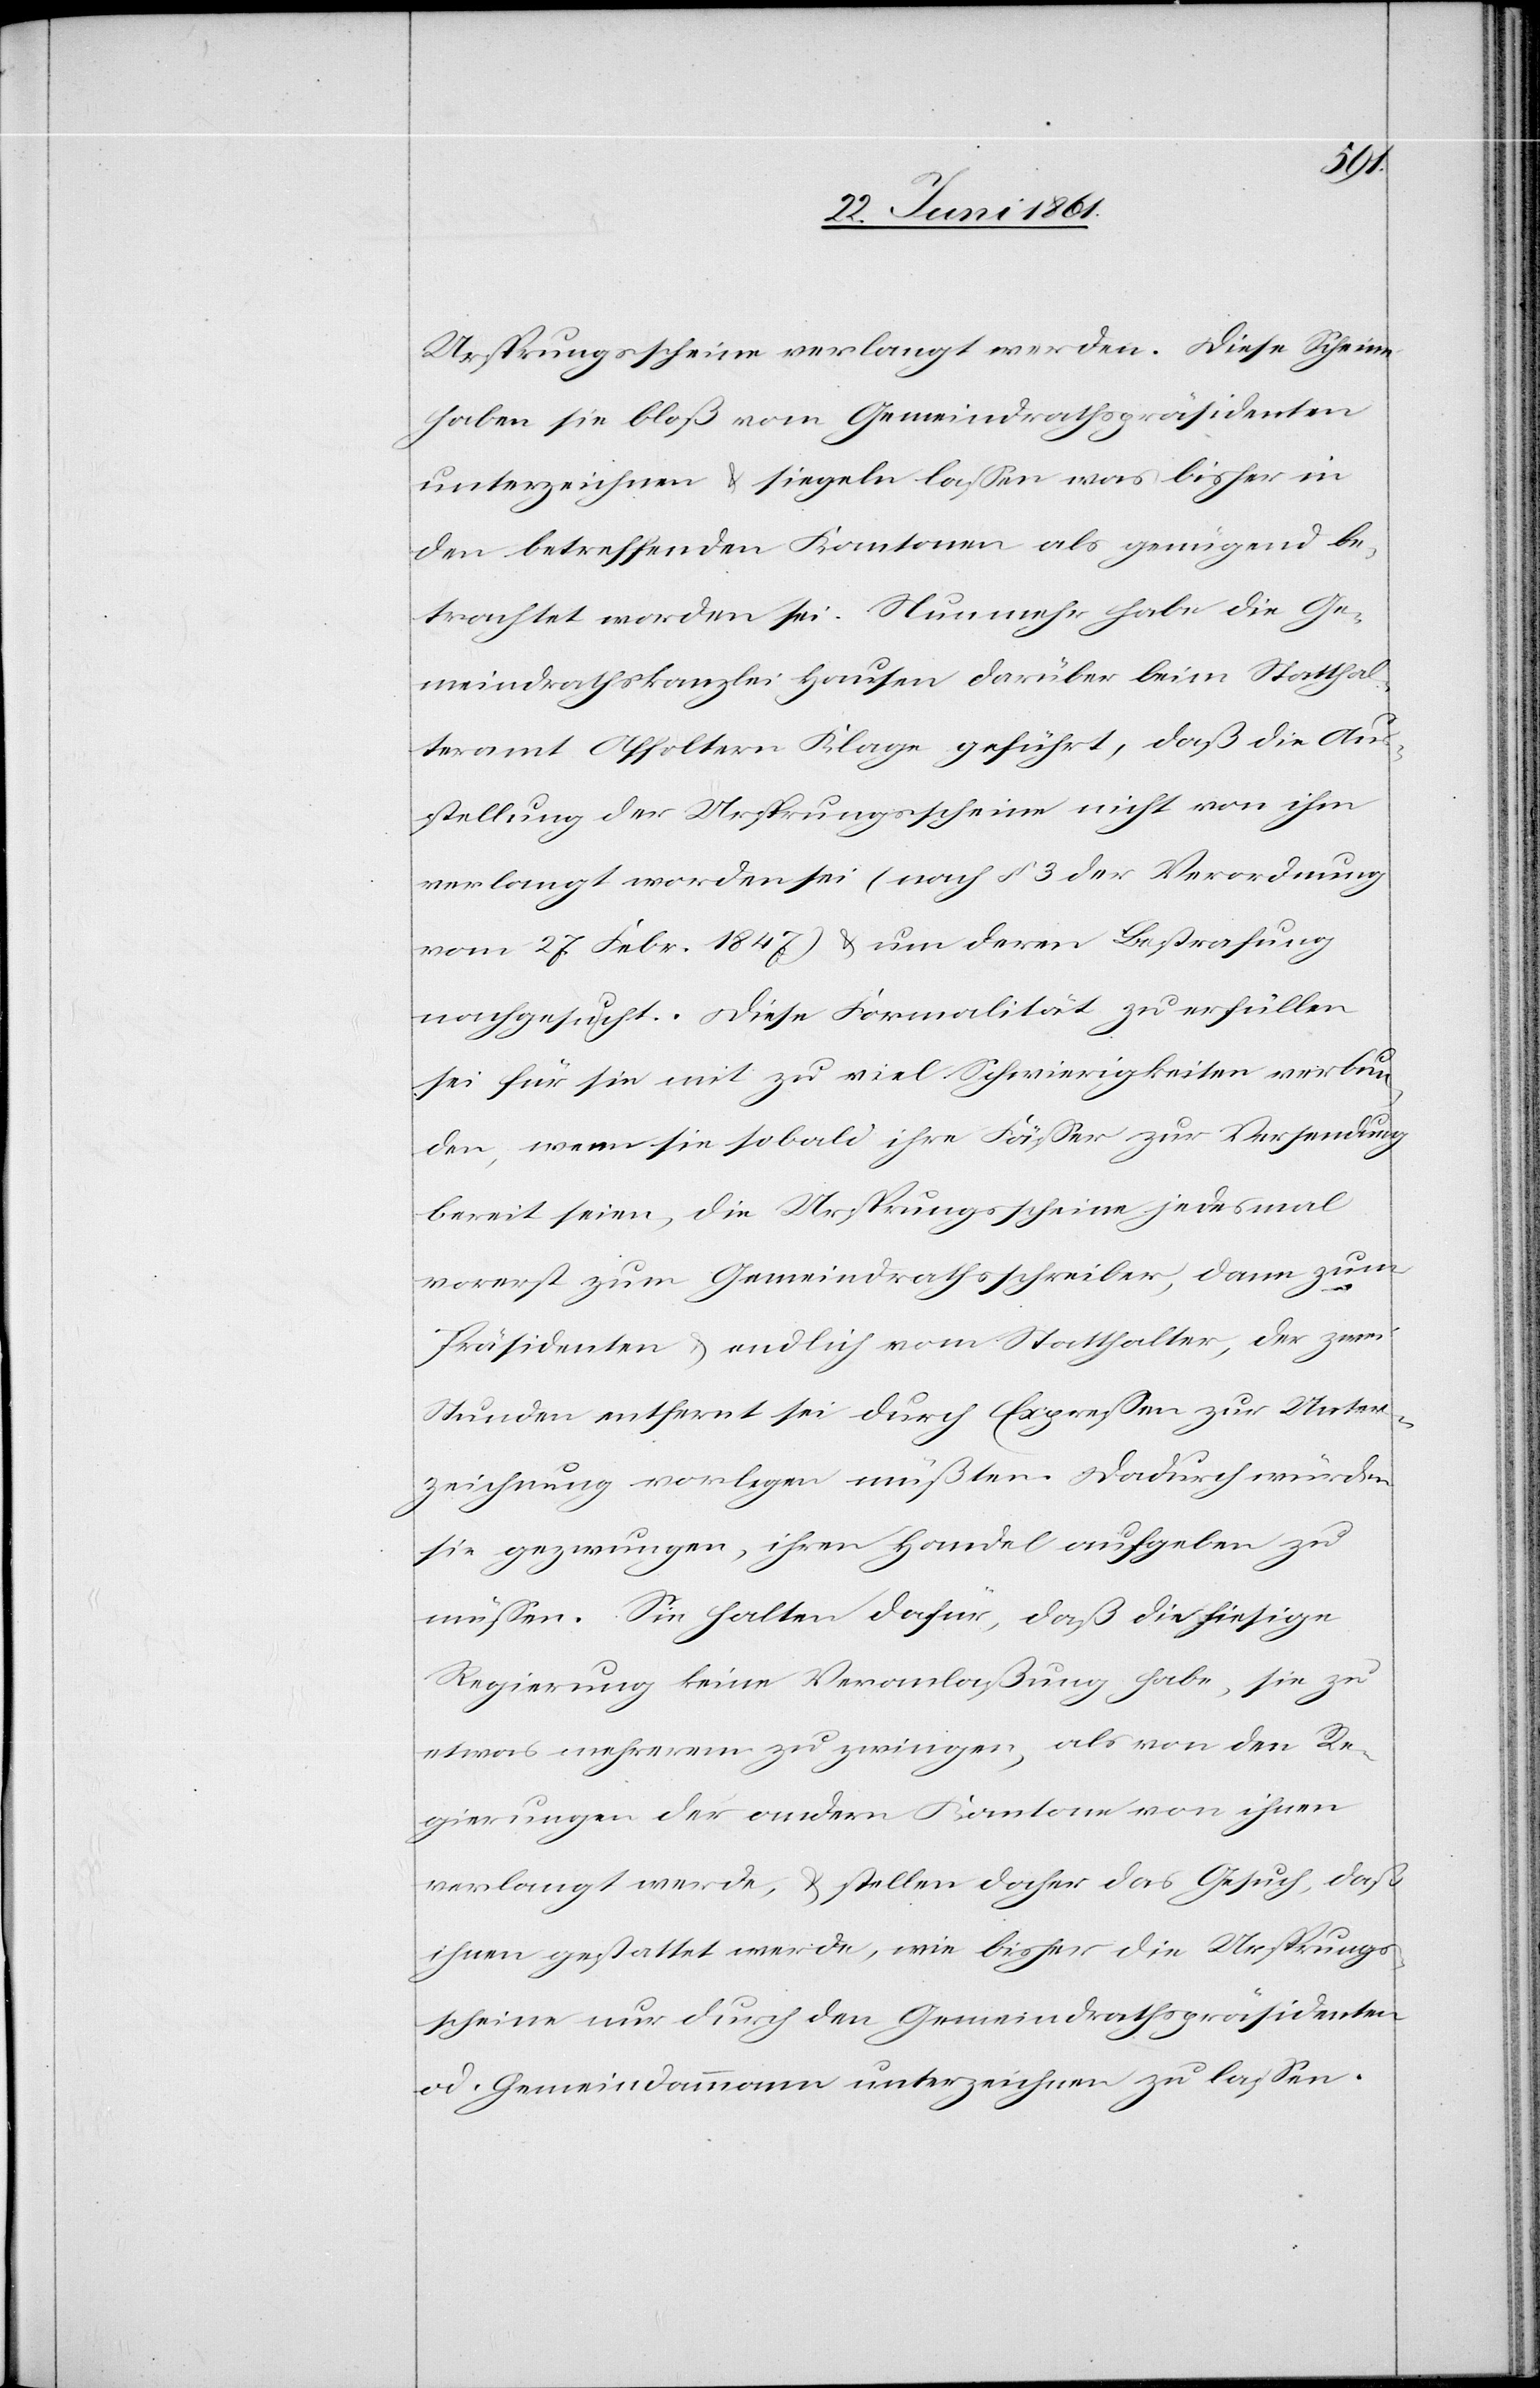
Ursprungsscheine verlangt werden. Diese Scheine
haben sie bloß vom Gemeindrathspräsidenten
unterzeichnen u. siegeln lassen was bisher in
den betreffenden Kantonen als genügend be¬
trachtet worden sei. Nunmehr habe die Ge¬
meindrathskanzlei Hausen darüber beim Statthal¬
teramt Affoltern Klage geführt, daß die Aus¬
stellung der Ursprungsscheine nicht von ihm
verlangt worden sei (nach § 3 der Verordnung
vom 27. Febr. 1847) u. um deren Bestrafung
nachgesucht. Diese Formalität zu erfüllen
sei für sie mit zu viel Schwierigkeiten verbun¬
den, wenn sie sobald ihre Fässer zur Versendung
bereit seien, die Ursprungsscheine jedes Mal
vorerst zum Gemeindrathsschreiber, dann zum
Präsidenten u. endlich vom Statthalter, der zwei
Stunden entfernt sei durch Expressen zur Unter¬
zeichnung vorlegen müßten. Dadurch würden
sie gezwungen, ihren Handel aufgeben zu
müssen. Sie halten dafür, daß die hiesige
Regierung keine Veranlaßung habe, sie zu
etwas mehrerem zu zwingen, als von den Re¬
gierungen der andern Kantone von ihnen
verlangt werde, u. stellen daher das Gesuch, daß
ihnen gestattet werde, wie bisher die Ursprungs¬
scheine nur durch den Gemeindrathspräsidenten
od. Gemeindammann unterzeichnen zu lassen.